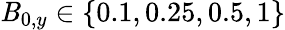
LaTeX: \mathit{B}_{0,y}\in\left\lbrace0.1,0.25,0.5,1\right\rbrace